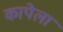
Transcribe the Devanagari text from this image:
कापेला